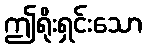
ဤရိုးရှင်းသော